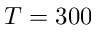
T = 3 0 0